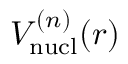
V _ { \mathrm { n u c l } } ^ { ( n ) } ( r )